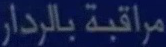
مراقبة بالرادار